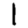
Digit: 1